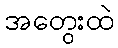
အတွေးထဲ